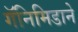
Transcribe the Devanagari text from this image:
गॅनिमिडाने